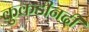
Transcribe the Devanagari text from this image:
कुकडीनदी